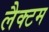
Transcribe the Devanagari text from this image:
लैक्टम